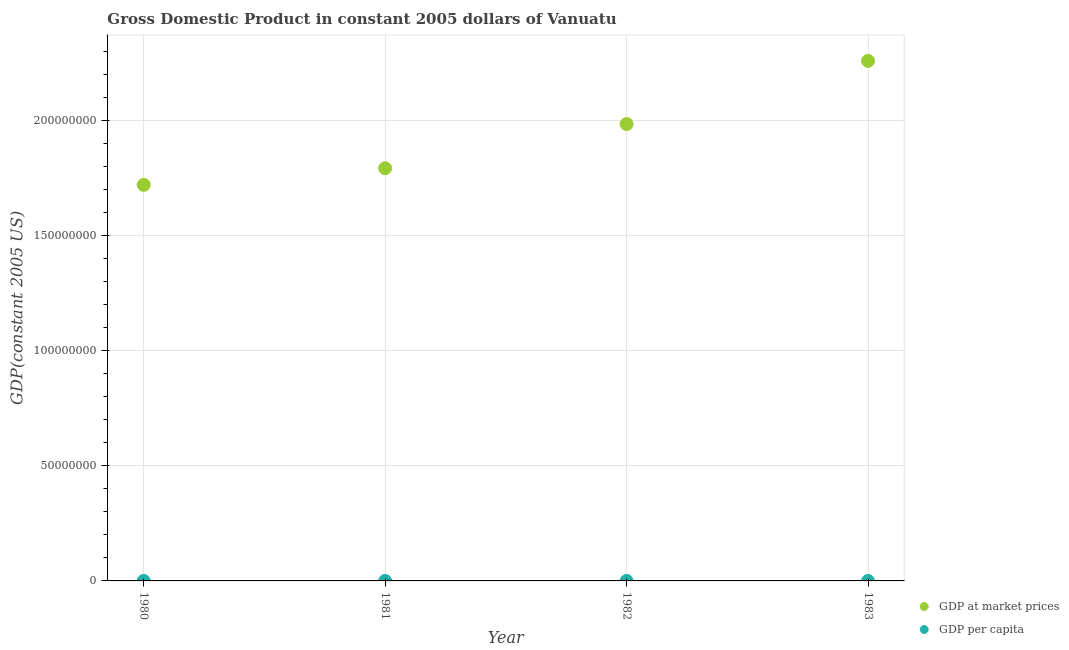
| Year | GDP at market prices | GDP per capita |
 | --- | --- | --- |
 | 1980 | 1.72e+08 | 1.49e+03 |
 | 1981 | 1.79e+08 | 1.51e+03 |
 | 1982 | 1.98e+08 | 1.63e+03 |
 | 1983 | 2.26e+08 | 1.82e+03 |